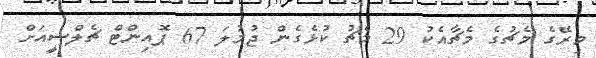
މިރޭގެ މެޗުގެ މެޗާއެކު 29 މެޗު ކުޅެގެން ޖުމުލަ 67 ޕޮއިންޓް ޗެލްސީއަށް